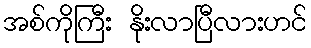
အစ်ကိုကြီး နိုးလာပြီလားဟင်